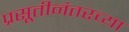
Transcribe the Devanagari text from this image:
प्रसूतीनंतरच्या